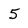
Character: 5